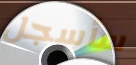
سأسجل